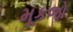
મૂકજો